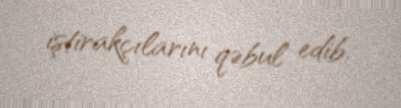
iştirakçılarını qəbul edib.